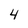
Character: 4